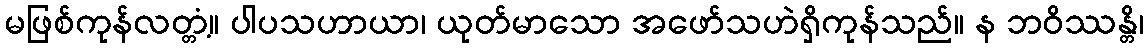
မဖြစ်ကုန်လတ္တံ့။ ပါပသဟာယာ၊ ယုတ်မာသော အဖော်သဟဲရှိကုန်သည်။ န ဘဝိဿန္တိ၊